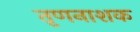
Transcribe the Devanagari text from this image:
तृणनाशक